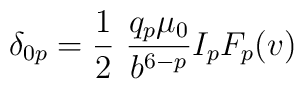
\delta_{0p} = {1\over 2}~{q_p \mu_0\over b^{6-p}} I_p F_p (v)